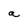
Character: a